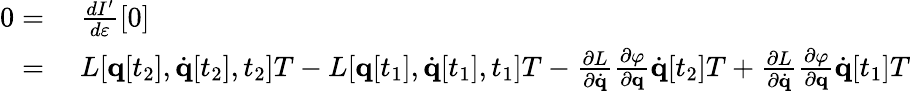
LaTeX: \begin{array}{rl}{0={}}&{{}{\frac{dI^{\prime}}{d\varepsilon}}[0]}\\ {={}}&{{}L[\mathbf{q}[t_{2}],{\dot{\mathbf{q}}}[t_{2}],t_{2}]T-L[\mathbf{q}[t_{1}],{\dot{\mathbf{q}}}[t_{1}],t_{1}]T-{\frac{\partial L}{\partial{\dot{\mathbf{q}}}}}{\frac{\partial\varphi}{\partial\mathbf{q}}}{\dot{\mathbf{q}}}[t_{2}]T+{\frac{\partial L}{\partial{\dot{\mathbf{q}}}}}{\frac{\partial\varphi}{\partial\mathbf{q}}}{\dot{\mathbf{q}}}[t_{1}]T}\end{array}